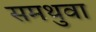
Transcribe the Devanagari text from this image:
समथुवा